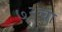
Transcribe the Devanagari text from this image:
७२चा